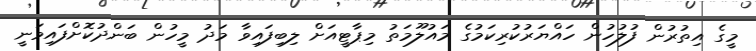
މީގެ އިތުރުން ފުލުހުން ހައްޔަރުކުރިކަމުގެ މައުލޫމަތު މިޕާޓީއަށް ލިބިފައިވާ މަދު މީހުން ބަންދުކޮށްފައިވަނީ